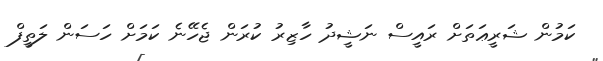
ކަމުން ޝަރީޢަތަށް ރައީސް ނަޝީދު ހާޒިރު ކުރަން ޖެހޭނެ ކަމަށް ހަސަން ލަތީފް